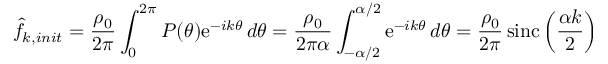
\hat { f } _ { k , i n i t } = { \frac { \rho _ { 0 } } { 2 \pi } } \int _ { 0 } ^ { 2 \pi } P ( \theta ) \mathrm { e } ^ { - i k \theta } \, d \theta = { \frac { \rho _ { 0 } } { 2 \pi \alpha } } \int _ { - \alpha / 2 } ^ { \alpha / 2 } \mathrm { e } ^ { - i k \theta } \, d \theta = { \frac { \rho _ { 0 } } { 2 \pi } } \, \mathrm { s i n c } \left( { \frac { \alpha k } { 2 } } \right)